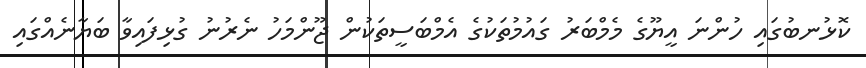
ކޮޅުނބުގައި ހުންނަ އީޔޫގެ މެމްބަރު ގައުމުތަކުގެ އެމްބަސީތަކުން ޖޫންމަހު ނެރުނު ގުޅިފައިވާ ބަޔާނެއްގައި